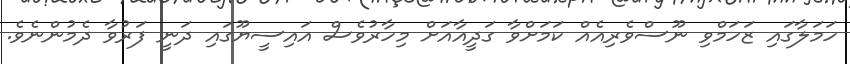
ހަމަލާގައި ޒަހަމްވި ނޫސްވެރިއެއް ކަމަށްވާ ގަދީއާއަށް މިހާރުވެސް އައިސީޔޫގައި ދަނީ ފަރުވާ ދެމުންނެވެ.